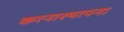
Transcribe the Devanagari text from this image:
करनास्थापना